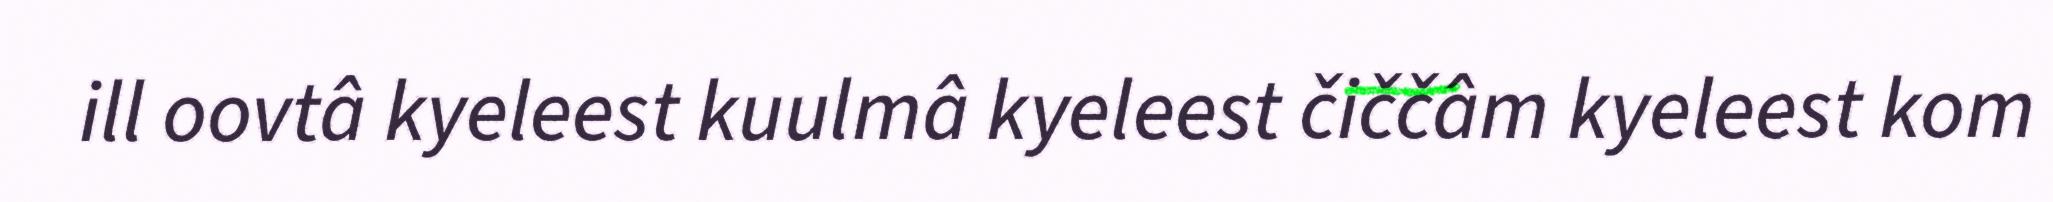
ill oovtâ kyeleest kuulmâ kyeleest čiččâm kyeleest kom